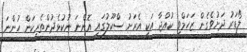
ލޯޑަރު ދަށުވެގެން ޒަހަމްވި ކުއްޖާ އަކީ އެރަށު ސްކޫލުގައި އޮންނަ ނުކުޅެދުންތެރިކަން ހުންނަ